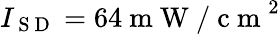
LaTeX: I_{\mathrm{~S~D~}}=64\mathrm{~m~W~/~c~m~}^{2}